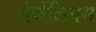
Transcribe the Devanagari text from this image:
बेर्जेलियस